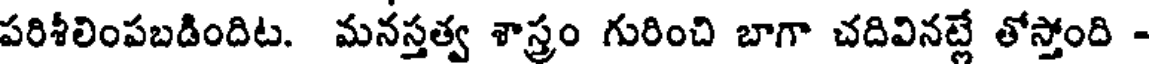
పరిశీలింపబడిందిట. మనస్తత్వ శాస్త్రం గురించి బాగా చదివినట్లే తోస్తోంది -